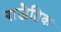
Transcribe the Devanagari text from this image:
राजैतिक